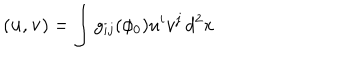
( { \bf u } , { \bf v } ) = \int g _ { i j } ( \phi _ { 0 } ) u ^ { i } v ^ { j } \, d ^ { 2 } x